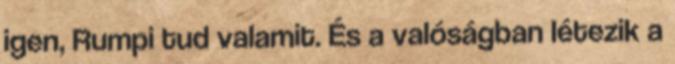
igen, Rumpi tud valamit. És a valóságban létezik a